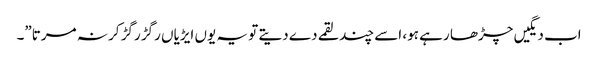
اب دیگیں چڑھا رہے ہو، اسے چند لقمے دے دیتے تو یہ یوں ایڑیاں رگڑ رگڑ کر نہ مرتا”۔